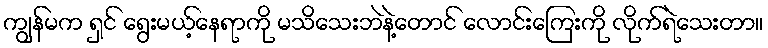
ကျွန်မက ရှင် ရွေးမယ့်နေရာကို မသိသေးဘဲနဲ့တောင် လောင်းကြေးကို လိုက်ရဲသေးတာ။